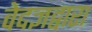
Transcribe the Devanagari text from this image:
वेदज्ञद्वारा